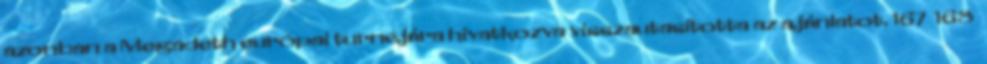
azonban a Megadeth európai turnéjára hivatkozva visszautasította az ajánlatot. 167 168